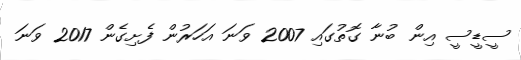
ސީޑީސީ އިން ބުނާ ގޮތުގައި 2007 ވަނަ އަހަރުން ފެށިގެން 2017 ވަނަ